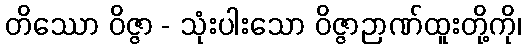
တိဿော ဝိဇ္ဇာ - သုံးပါးသော ဝိဇ္ဇာဉာဏ်ထူးတို့ကို၊